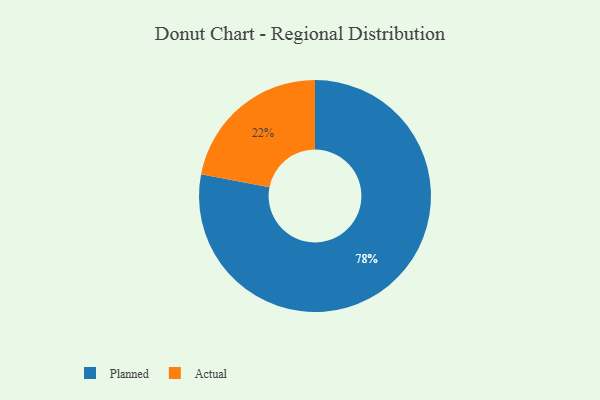
{"axis": {"x": "Category", "y": "Percentage"}, "legend": ["Actual", "Planned"], "data": [{"x": "Actual", "y": 22, "type": "Actual"}, {"x": "Planned", "y": 78, "type": "Planned"}]}